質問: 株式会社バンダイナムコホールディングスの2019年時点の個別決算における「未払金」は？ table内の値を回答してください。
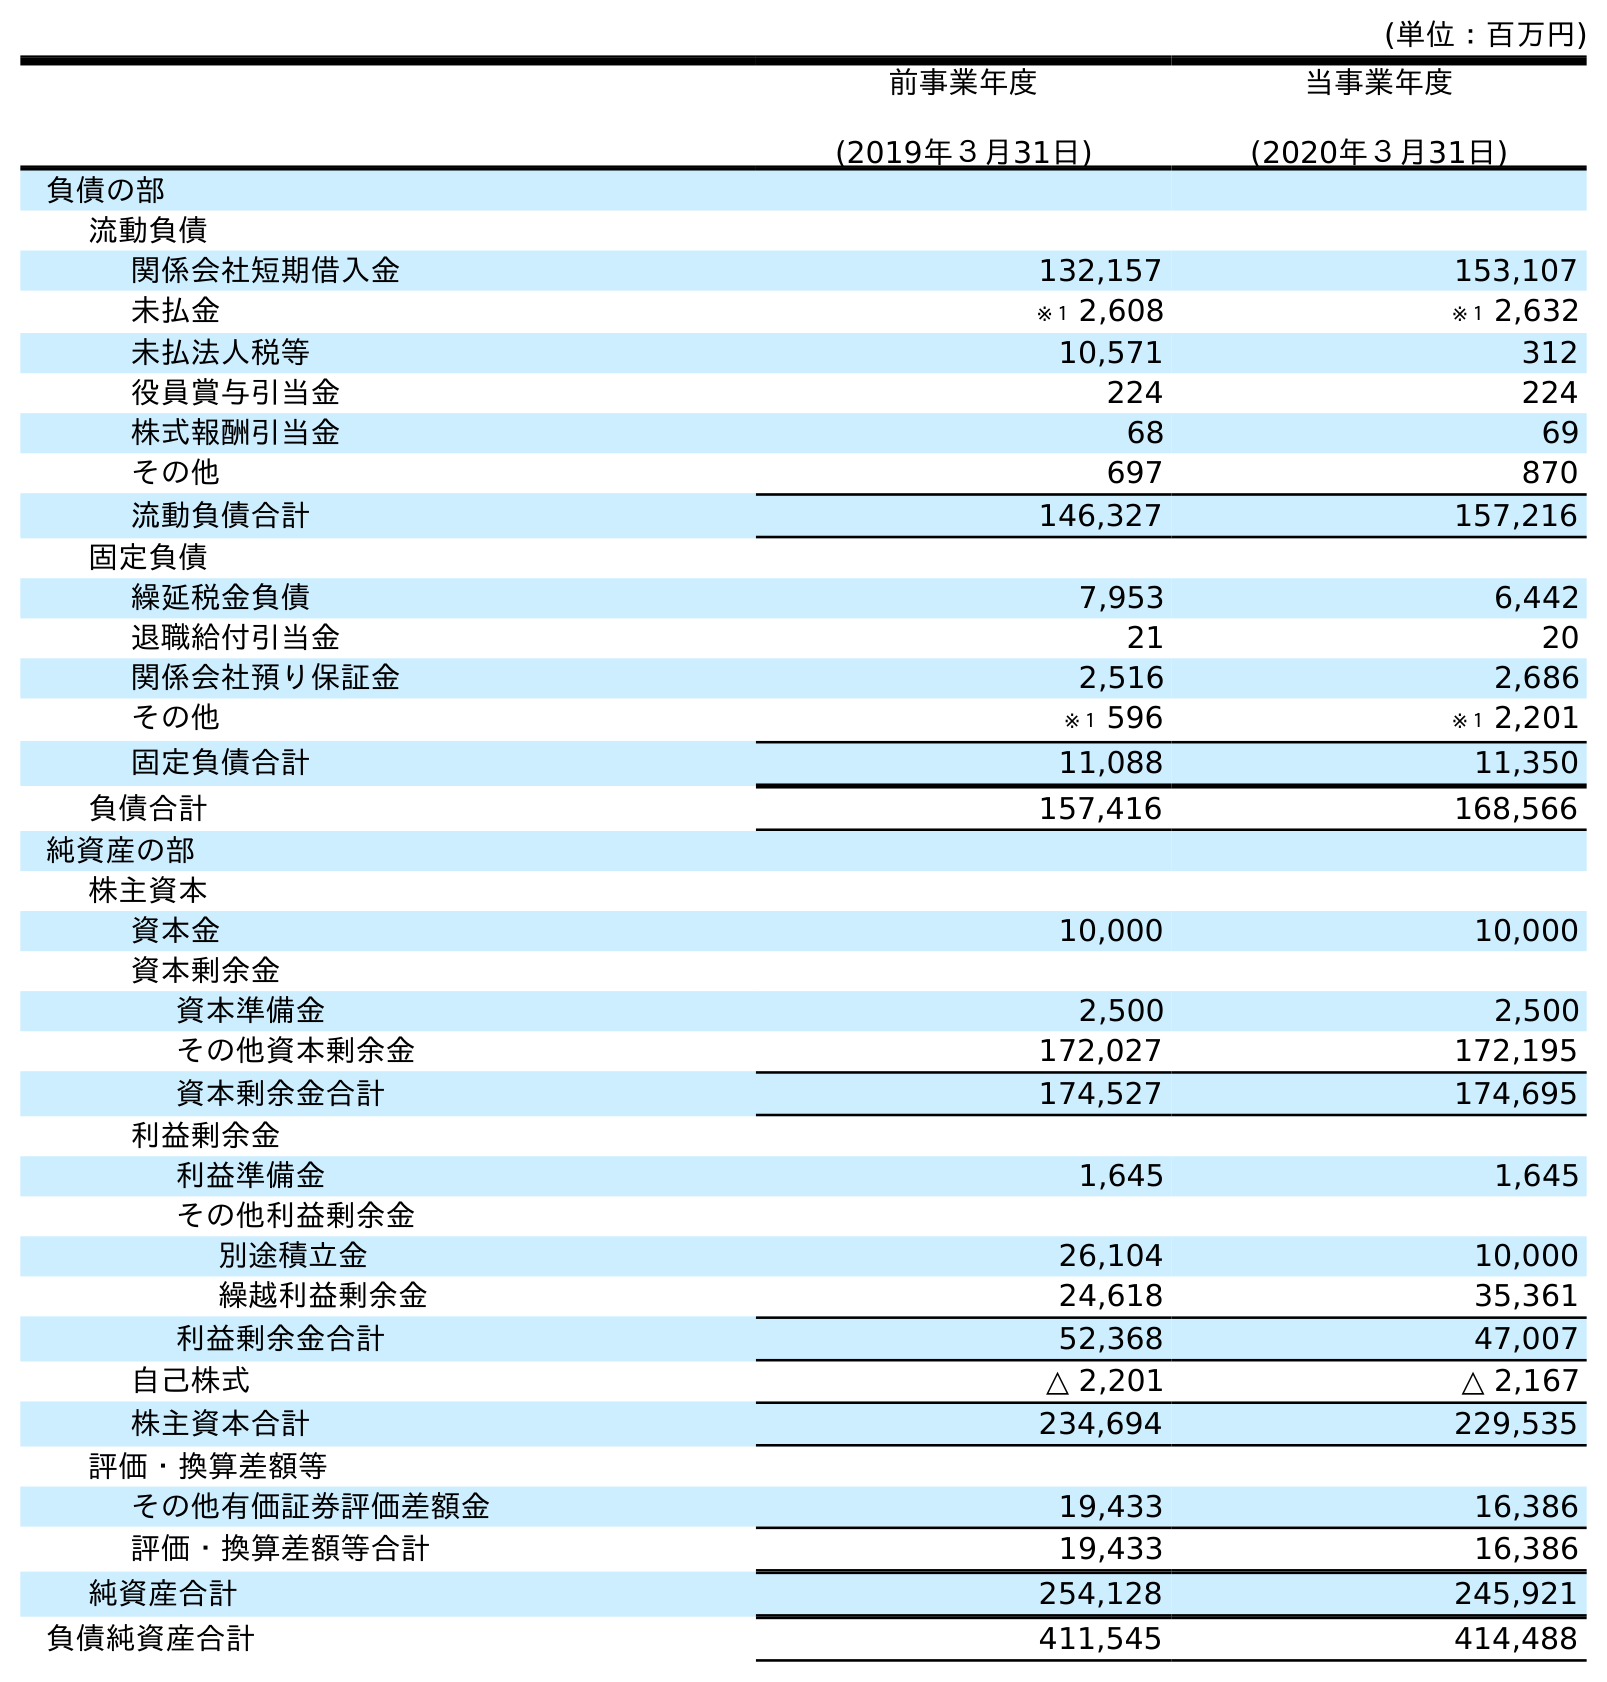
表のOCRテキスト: (単位：百万円) 前事業年度 (2019年３月31日) 当事業年度 (2020年３月31日) 負債の部 流動負債 関係会社短期借入金 132,157 153,107 未払金 ※１ 2,608 ※１ 2,632 未払法人税等 10,571 312 役員賞与引当金 224 224 株式報酬引当金 68 69 その他 697 870 流動負債合計 146,327 157,216 固定負債 繰延税金負債 7,953 6,442 退職給付引当金 21 20 関係会社預り保証金 2,516 2,686 その他 ※１ 596 ※１ 2,201 固定負債合計 11,088 11,350 負債合計 157,416 168,566 純資産の部 株主資本 資本金 10,000 10,000 資本剰余金 資本準備金 2,500 2,500 その他資本剰余金 172,027 172,195 資本剰余金合計 174,527 174,695 利益剰余金 利益準備金 1,645 1,645 その他利益剰余金 別途積立金 26,104 10,000 繰越利益剰余金 24,618 35,361 利益剰余金合計 52,368 47,007 自己株式 △ 2,201 △ 2,167 株主資本合計 234,694 229,535 評価・換算差額等 その他有価証券評価差額金 19,433 16,386 評価・換算差額等合計 19,433 16,386 純資産合計 254,128 245,921 負債純資産合計 411,545 414,488
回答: ※１2,608